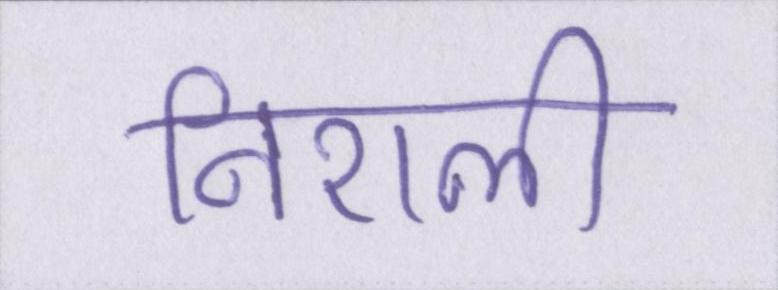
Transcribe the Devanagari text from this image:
निराली